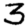
Digit: 3